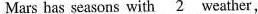
Mars has seasons with \underline{2} weather,